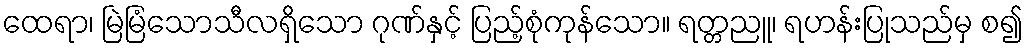
ထေရာ၊ မြဲမြံသောသီလရှိသော ဂုဏ်နှင့် ပြည့်စုံကုန်သော။ ရတ္တညူ၊ ရဟန်းပြုသည်မှ စ၍